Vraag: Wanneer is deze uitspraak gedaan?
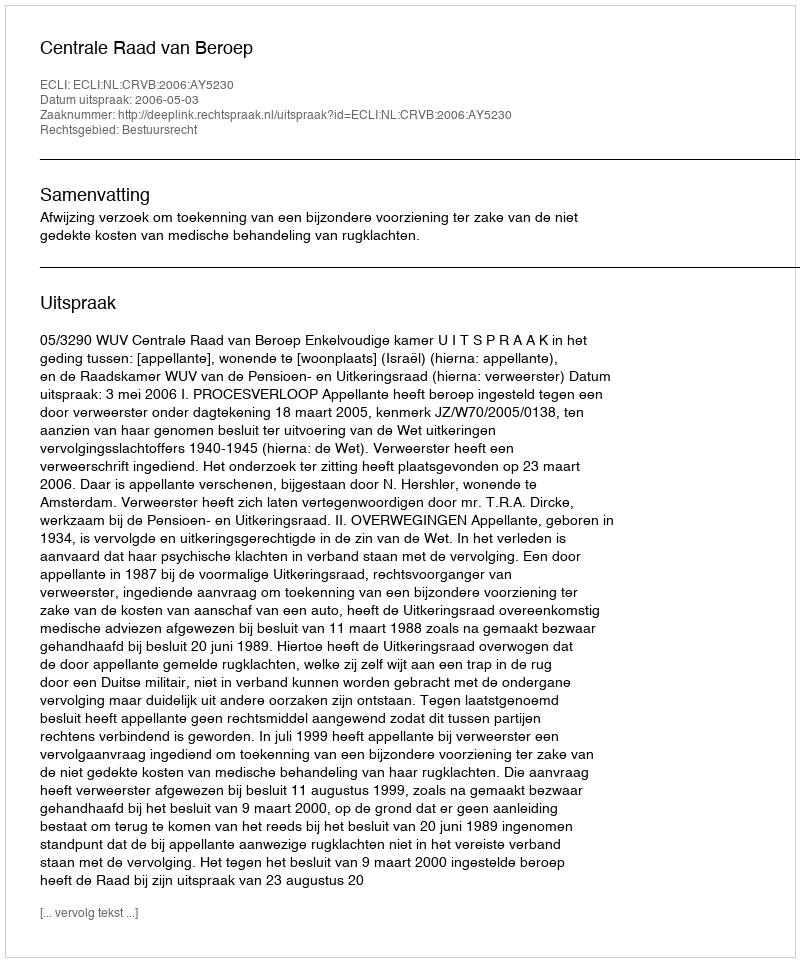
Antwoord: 2006-05-03